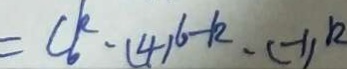
= C _ { 6 } ^ { k } - ( 4 ) ^ { 6 - k } - ( - 1 ) ^ { k }